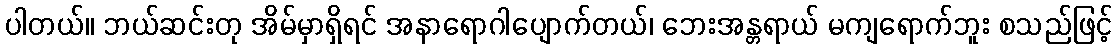
ပါတယ်။ ဘယ်ဆင်းတု အိမ်မှာရှိရင် အနာရောဂါပျောက်တယ်၊ ဘေးအန္တရာယ် မကျရောက်ဘူး စသည်ဖြင့်